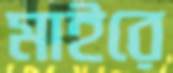
মাইরে